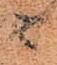
ニ